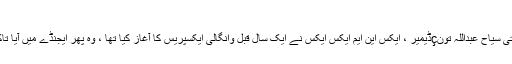
تونڈیمر: ہمیں اس کی ضرورت ہے ، خاص کر مردہ مہینوں میں
انہوں نے مزید کہا کہ متعلقہ اخبار سے بات کرتے ہوئے ، سیاحتی سیاح عبداللہ تونçڈیمیر ، ایکس این ایم ایکس ایکس نے ایک سال قبل وانگالی ایکسپریس کا آغاز کیا تھا ، وہ پھر ایجنڈے میں آیا تاکہ وان میں ایک نیا جوش و خروش پیدا کرنے کی کوشش کی جا.۔